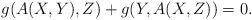
LaTeX: \begin{align*} g(A(X,Y),Z)+g(Y,A(X,Z))=0.\end{align*}